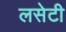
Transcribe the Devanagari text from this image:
लसेटी